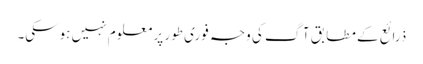
ذرائع کے مطابق آگ کی وجہ فوری طور پر معلوم نہیں ہوسکی۔